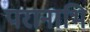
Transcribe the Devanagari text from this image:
परानाभि